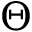
\Theta